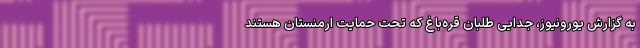
به گزارش یورونیوز، جدایی طلبان قره‌باغ که تحت حمایت ارمنستان هستند